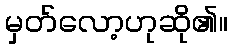
မှတ်လော့ဟုဆို၏။